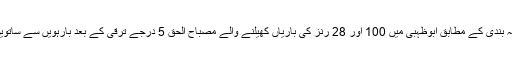
تازہ ترین عالمی درجہ بندی کے مطابق ابوظہبی میں 100 اور 28 رنز کی باریاں کھیلنے والے مصباح الحق 5 درجے ترقی کے بعد بارہویں سے ساتویں نمبر پر آ گئے ہیں۔